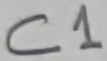
Text: C1